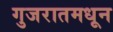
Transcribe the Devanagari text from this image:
गुजरातमधून